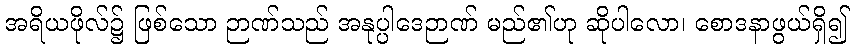
အရိယဖိုလ်၌ ဖြစ်သော ဉာဏ်သည် အနုပ္ပါဒေဉာဏ် မည်၏ဟု ဆိုပါလော၊ စောဒနာဖွယ်ရှိ၍